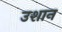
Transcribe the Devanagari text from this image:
उशान